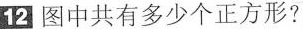
12 图中共有多少个正方形?